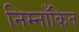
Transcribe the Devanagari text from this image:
निम्नाँकित